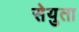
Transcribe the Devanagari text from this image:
सेयुता